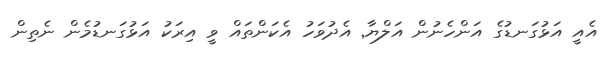
އެއީ އަޅުގަނޑުގެ އަންހެނުން އަލްޔާ